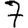
Digit: 7